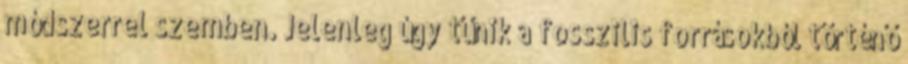
módszerrel szemben. Jelenleg úgy tűnik a fosszilis forrásokból történő